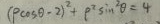
( \rho \cos \theta - 2 ) ^ { 2 } + \rho ^ { 2 } \sin ^ { 2 } \theta = 4